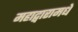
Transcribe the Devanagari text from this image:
महाद्वारामधे